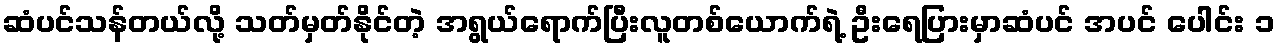
ဆံပင်သန်တယ်လို့ သတ်မှတ်နိုင်တဲ့ အရွယ်ရောက်ပြီးလူတစ်ယောက်ရဲ့ ဦးရေပြားမှာဆံပင် အပင် ပေါင်း ၁